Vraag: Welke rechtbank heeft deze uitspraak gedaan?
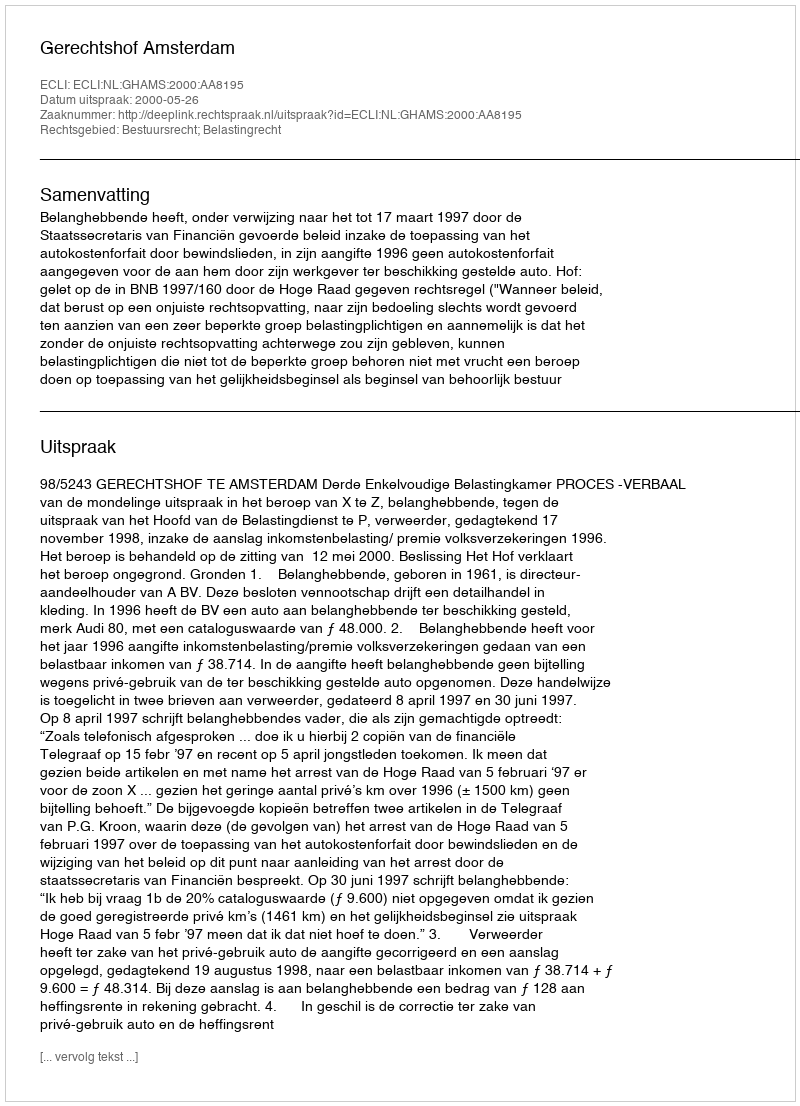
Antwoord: Gerechtshof Amsterdam